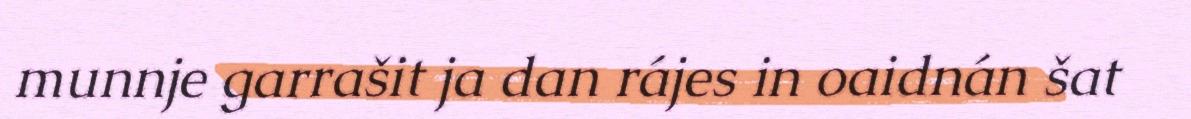
munnje garrašit ja dan rájes in oaidnán šat